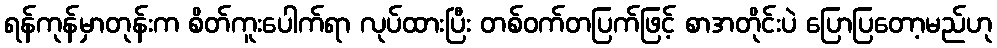
ရန်ကုန်မှာတုန်းက စိတ်ကူးပေါက်ရာ လုပ်ထားပြီး တစ်ဝက်တပြက်ဖြင့် စာအတိုင်းပဲ ပြောပြတော့မည်ဟု